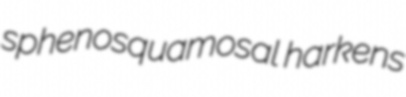
sphenosquamosal harkens